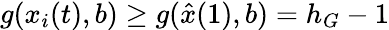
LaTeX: g(x_{i}(t),b)\geq g(\hat{x}(1),b)=h_{G}-1